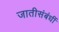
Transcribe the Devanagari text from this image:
जातीसंबंधीं